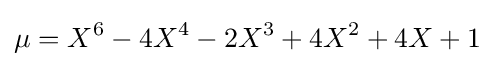
\mu =X^{6}-4X^{4}-2X^{3}+4X^{2}+4X+1